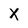
Character: X